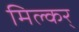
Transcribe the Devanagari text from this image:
मिल्कर्